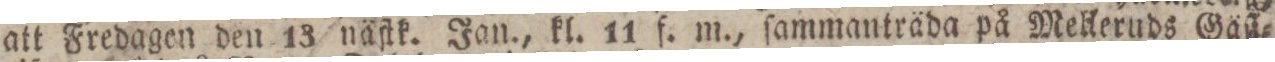
att Fredagen den 13 näſtk. Jan., kl. 11 f. m., ſammanträda på Melleruds Gäſt=